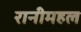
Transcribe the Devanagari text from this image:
रानीमहल